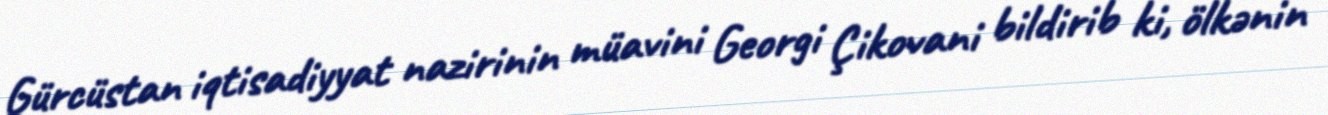
Gürcüstan iqtisadiyyat nazirinin müavini Georgi Çikovani bildirib ki, ölkənin